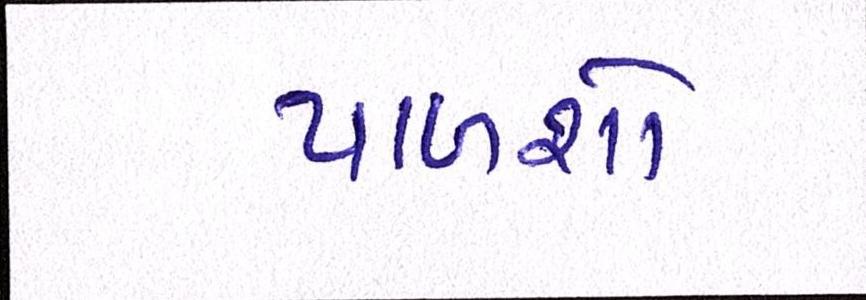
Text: પાળશો